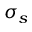
\sigma _ { s }